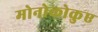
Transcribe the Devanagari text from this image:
मोनोकोकुए